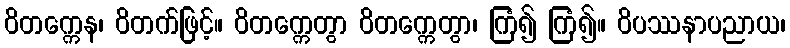
ဝိတက္ကေန၊ ဝိတက်ဖြင့်။ ဝိတက္ကေတွာ ဝိတက္ကေတွာ၊ ကြံ၍ ကြံ၍။ ဝိပဿနာပညာယ၊